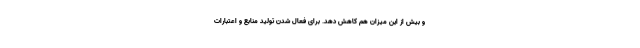
و بیش از این میزان هم کاهش دهد. برای فعال شدن تولید منابع و اعتبارات